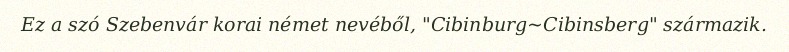
Ez a szó Szebenvár korai német nevéből, "Cibinburg~Cibinsberg" származik.